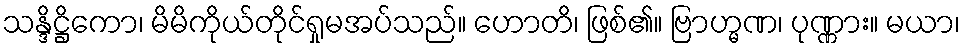
သန္ဒိဋ္ဌိကော၊ မိမိကိုယ်တိုင်ရှုမအပ်သည်။ ဟောတိ၊ ဖြစ်၏။ ဗြာဟ္မဏ၊ ပုဏ္ဏား။ မယာ၊